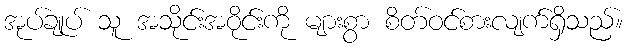
အုပ်ချုပ် သူ အသိုင်းအဝိုင်းကို များစွာ စိတ်ဝင်စားလျက်ရှိသည်။